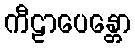
ကီဠာပေန္တော